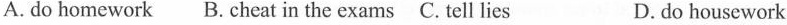
A.do homework B. cheat in the exams C. tell lies D.do housework